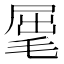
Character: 𣮈